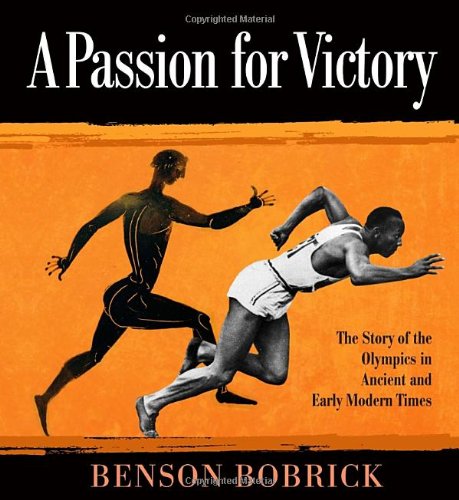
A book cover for A Passion for Victory: The Story of the Olympics in Ancient and Early Modern Times; Benson Bobrick; Children's Books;